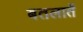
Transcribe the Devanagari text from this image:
बतलातें